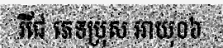
រីជែ ភេទប្រុស អាយុ០៦